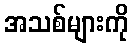
အသစ်များကို